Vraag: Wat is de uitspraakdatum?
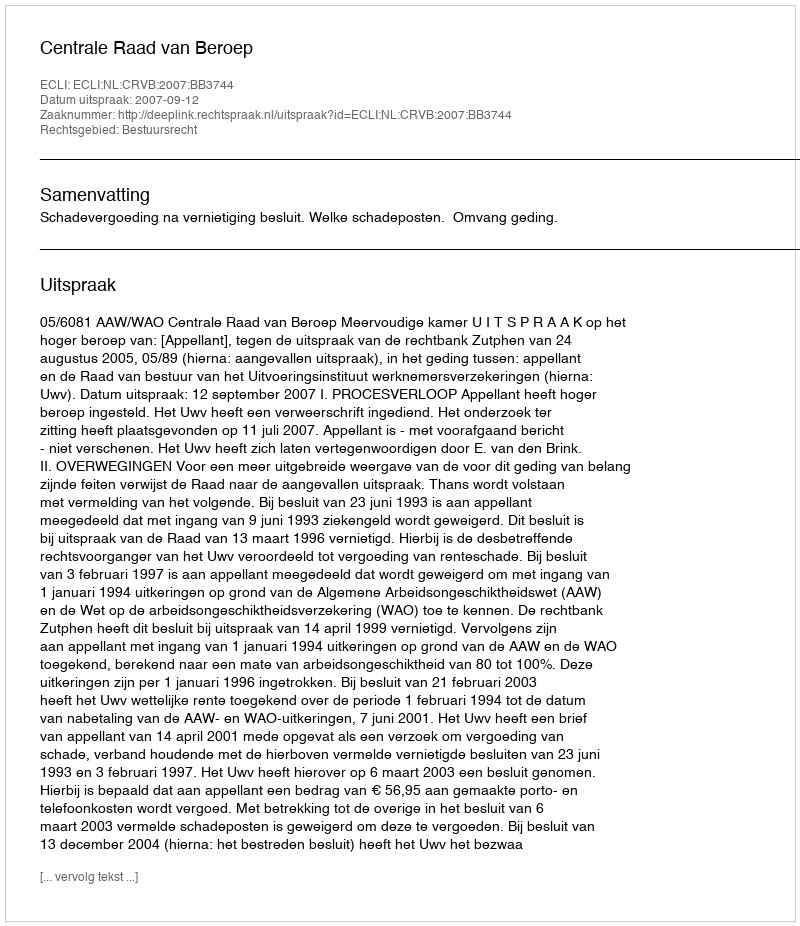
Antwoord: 2007-09-12